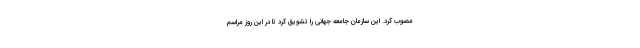
مصوب کرد. این سازمان جامعه جهانی را تشویق کرد تا در این روز مراسم